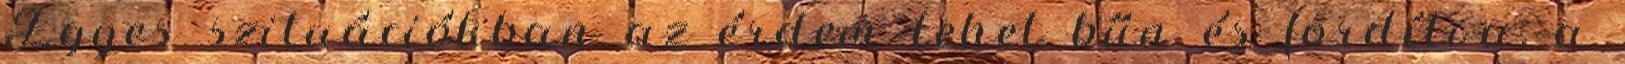
Egyes szituációkban az érdem lehet bűn és fordítva, a